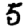
Digit: 5